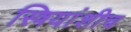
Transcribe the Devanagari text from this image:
स्त्रियांशीच